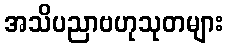
အသိပညာဗဟုသုတများ